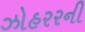
ઝોહરરની